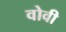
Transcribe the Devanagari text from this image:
वोवी